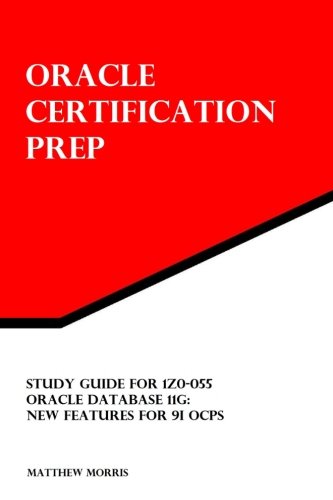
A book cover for Study Guide for 1Z0-055: Oracle Database 11g: New Features for 9i OCPs: Oracle Certification Prep; Matthew Morris; Computers & Technology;